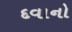
દવાનો